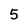
Character: 5